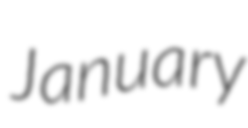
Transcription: January